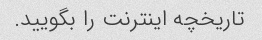
تاریخچه اینترنت را بگویید.